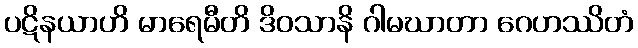
ပဋိနယာဟိ မာရေမီတိ ဒိဝသာနိ ဂါမဃာတာ ဂေဟဿိတံ